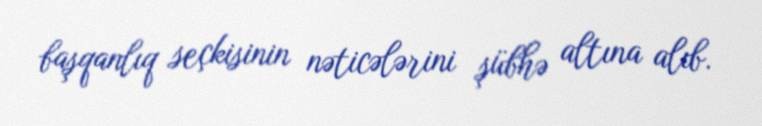
başqanlıq seçkisinin nəticələrini şübhə altına alıb.